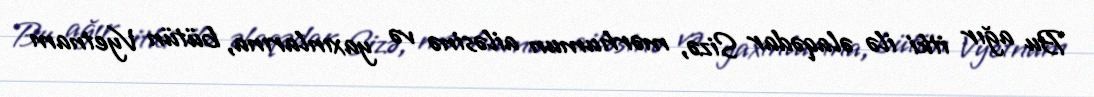
Bu ağır itki ilə əlaqədar Sizə, mərhumun ailəsinə və yaxınlarına, bütün Vyetnam